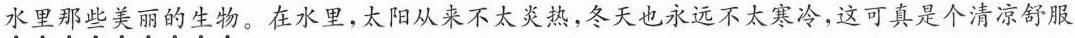
水里那些美丽的生物。在水里，太阳从来不太炎热，冬天也永远不太寒冷，这可真是个清凉舒服